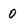
Character: 0